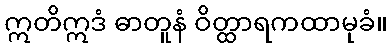
ဣတိဣဒံ ဓာတူနံ ဝိတ္ထာရကထာမုခံ။